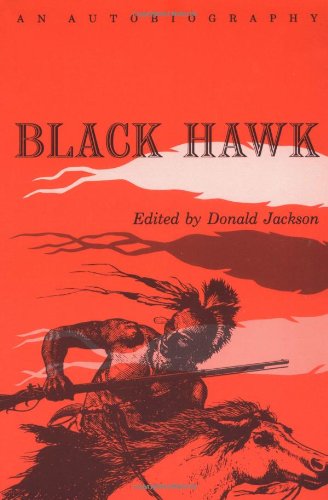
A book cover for Black Hawk: An Autobiography (Prairie State Books); Biographies & Memoirs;